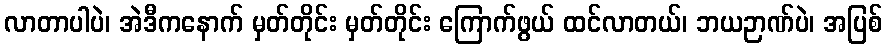
လာတာပါပဲ၊ အဲဒီကနောက် မှတ်တိုင်း မှတ်တိုင်း ကြောက်ဖွယ် ထင်လာတယ်၊ ဘယဉာဏ်ပဲ၊ အပြစ်